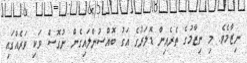
ނިޒާމެވެ. މި ނިޒާމުގެ ތެރެއިން ޑޮލަރުގެ އަގު ބޮއްސުންލައިގެން ނުގޮސް ވަކި ވަރެއްގައި